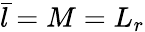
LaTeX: \bar{l}=M=L_{r}